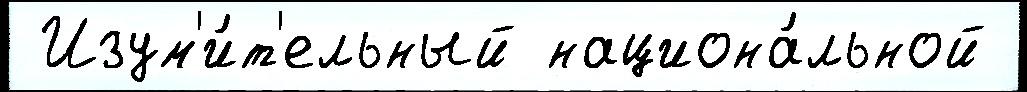
 Изум'и́т'ельный национа́льной